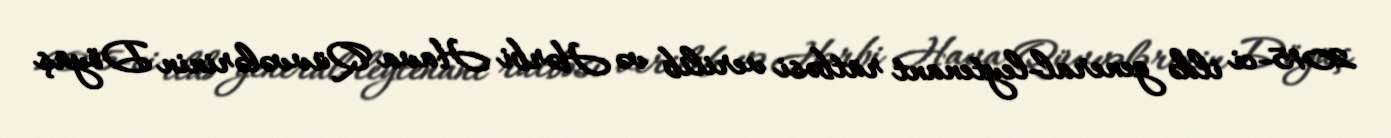
2015-ci ildə general-leytenant rütbəsi verilib və Hərbi Hava Qüvvələrinin Döyüş